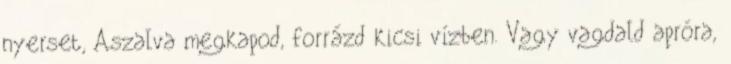
nyerset, Aszalva megkapod, forrázd kicsi vízben. Vagy vagdald apróra,